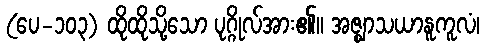
(ပေ-၁၀၃) ထိုထိုသို့သော ပုဂ္ဂိုလ်အား၏။ အဇ္ဈာသယာနူကူလံ၊